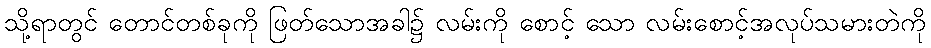
သို့ရာတွင် တောင်တစ်ခုကို ဖြတ်သောအခါ၌ လမ်းကို စောင့် သော လမ်းစောင့်အလုပ်သမားတဲကို